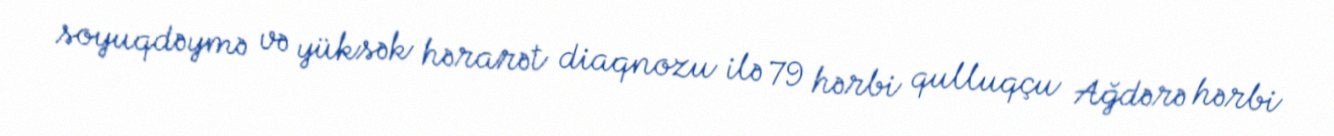
soyuqdəymə və yüksək hərarət diaqnozu ilə 79 hərbi qulluqçu Ağdərə hərbi